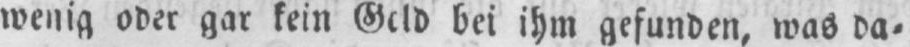
bei ihm gefunden, was da⸗